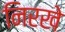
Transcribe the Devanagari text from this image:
निरखे